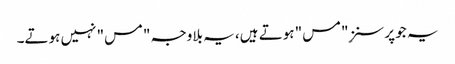
یہ جو پرسنز ِ"مس" ہوتے ہیں، یہ بلاوجہ "مس" نہیں ہوتے۔